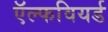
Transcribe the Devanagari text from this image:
ऍल्फवियर्ड